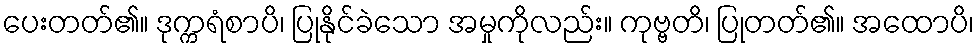
ပေးတတ်၏။ ဒုက္ကရံစာပိ၊ ပြုနိုင်ခဲသော အမှုကိုလည်း။ ကုဗ္ဗတိ၊ ပြုတတ်၏။ အထောပိ၊